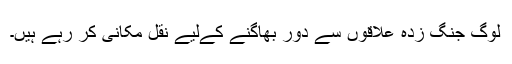
لوگ جنگ زدہ علاقوں سے دور بھاگنے کےلیے نقل مکانی کر رہے ہیں۔